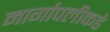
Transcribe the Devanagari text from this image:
मार्गापलीकडे